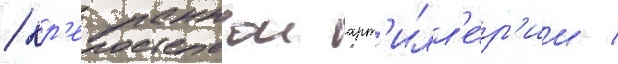
/ кр'епостнои арт'илл'е́р'ии /